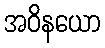
အဝိနယော